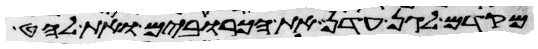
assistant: מקדם לגן עדן את הכרובים ואת לחט